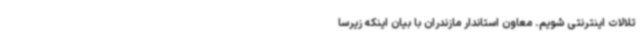
تلالات اینترنتی شویم. معاون استاندار مازندران با بیان اینکه زیرسا